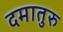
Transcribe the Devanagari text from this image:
दमातुरु